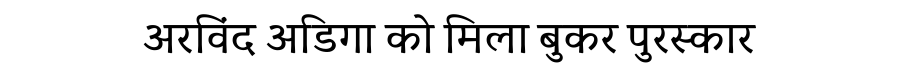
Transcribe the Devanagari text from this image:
अरविंद अडिगा को मिला बुकर पुरस्कार